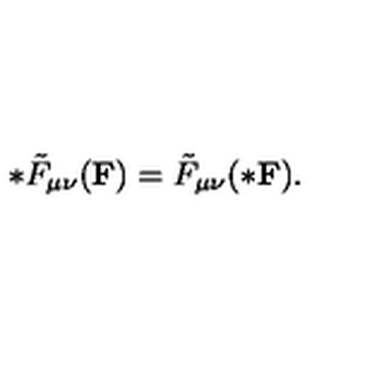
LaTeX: * \tilde { F } _ { \mu \nu } ( { \bf F } ) = \tilde { F } _ { \mu \nu } ( { \bf * F } ) .